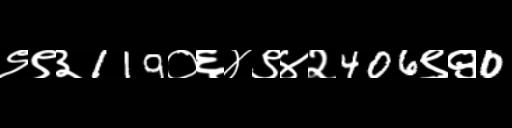
Text: ९९३119०६४९४२406९९0